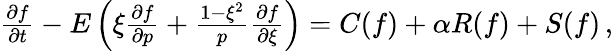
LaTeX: \begin{array}{r}{\frac{\partial f}{\partial t}-E\left(\xi\frac{\partial f}{\partial p}+\frac{1-\xi^{2}}{p}\frac{\partial f}{\partial\xi}\right)=C(f)+\alpha R(f)+S(f)\, ,}\end{array}